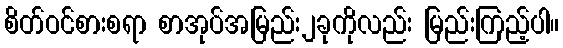
စိတ်ဝင်စားစရာ စာအုပ်အမြည်း၂ခုကိုလည်း မြည်းကြည့်ပါ။